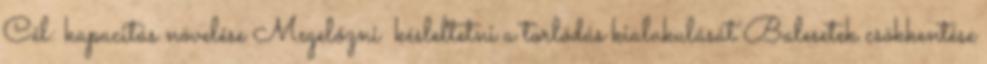
Cél: kapacitás növelése Megelőzni késleltetni a torlódás kialakulását Balesetek csökkentése